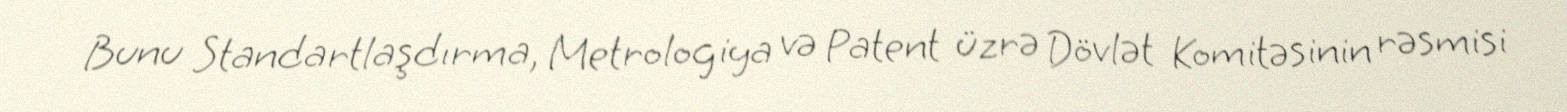
Bunu Standartlaşdırma, Metrologiya və Patent üzrə Dövlət Komitəsinin rəsmisi